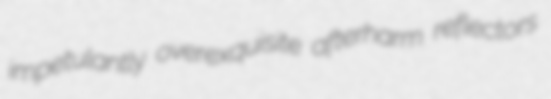
impetulantly overexquisite afterharm reflectors